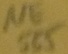
Text: 555